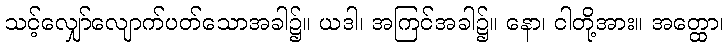
သင့်လျှော်လျောက်ပတ်သောအခါ၌။ ယဒါ၊ အကြင်အခါ၌။ နော၊ ငါတို့အား။ အတ္ထော၊